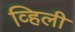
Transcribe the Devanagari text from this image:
व्हिली